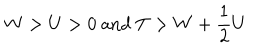
W > U > 0 \mathrm { ~ a n d ~ } T > W + \frac { 1 } { 2 } U